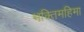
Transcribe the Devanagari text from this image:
भक्तिमहिमा